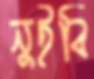
নুইবি